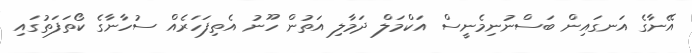
އޭނާގެ އަނގައިން ބަސްނުނިމެނީސް އަކްމަލް ދަމާލި އަތުން ހޫނު އެތިފަހަރެއް ސުހާނާގެ ކޯތަފަތުގައި